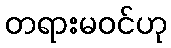
တရားမဝင်ဟု